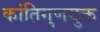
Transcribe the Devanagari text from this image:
कांतिगुणयुक्त